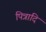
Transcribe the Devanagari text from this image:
पित्रादि